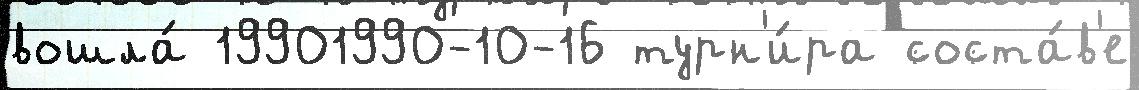
вошла́ 19901990-10-16 турн'и́ра соста́в'е